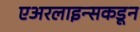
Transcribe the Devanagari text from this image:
एअरलाइन्सकडून